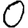
Digit: 0